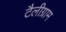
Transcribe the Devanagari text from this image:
टैलीग्राम